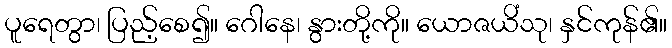
ပူရေတွာ၊ ပြည့်စေ၍။ ဂေါနေ၊ နွားတို့ကို။ ယောဇယိံသု၊ နှင်ကုန်၏။